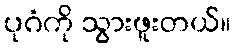
ပုဂံကို သွားဖူးတယ်။